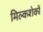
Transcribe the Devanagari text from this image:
मिल्कशेकों